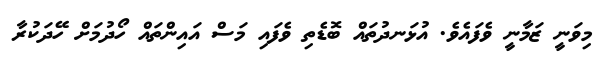
މިވަނީ ޒަމާނީ ވެފައެވެ. އުޅަނދުތައް ބޮޑެތި ވެފައި މަސް އައިންތައް ހޯދުމަށް ހޭދަކުރާ